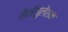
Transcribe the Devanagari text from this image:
मैनीपुलेशन